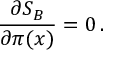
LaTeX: \frac { \partial S _ { B } } { \partial \pi ( x ) } = 0 \, .